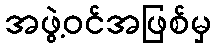
အဖွဲ့ဝင်အဖြစ်မှ